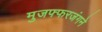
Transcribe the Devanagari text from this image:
मुजफ्फरजंगने